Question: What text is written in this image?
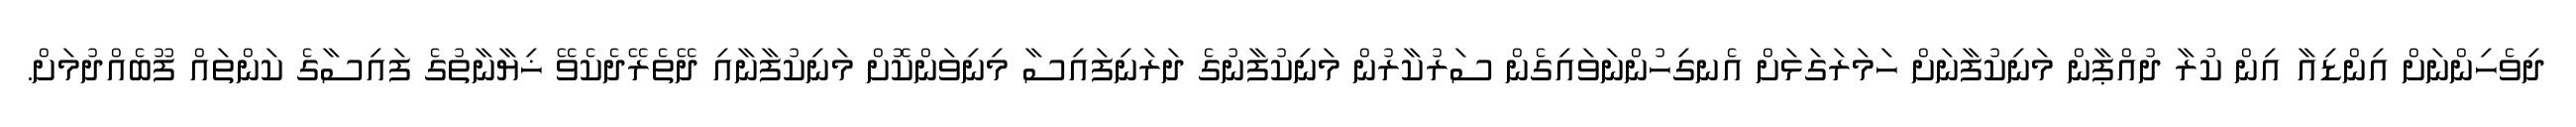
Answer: ދިވެހިންނަށް އިންޑިއާ އިން ކުރާ ދުއްޕާން މަނިކުފާނަށް ހަމަރަގަޅަށް އެނގިހުންނަވައިގެން ސަރުކާރުން މަނިކުފާނުގެ ދަރަނިފައިސާ މިނިވަންކޮށް މަނިކުފާނާއި ދޭތެރޭދެކެވޭ ޚިޔާނާތުގެ ފައިސާގެ ކަންތައް ފޫބެއްދުމަށް.